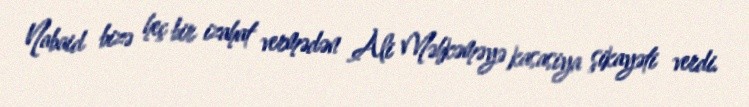
Nabaid bizə heç bir izahat vermədən Ali Məhkəməyə kasasiya şikayəti verdi.